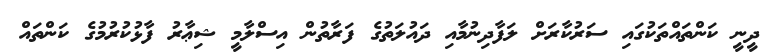
ދީނީ ކަންތައްތަކުގައި ސަރުކާރަށް ލަފާދިނުމާއި ދައުލަތުގެ ފަރާތުން އިސްލާމީ ޝިޢާރު ފާޅުކުރުމުގެ ކަންތައް